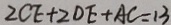
2 C E + 2 D E + A C = 1 3